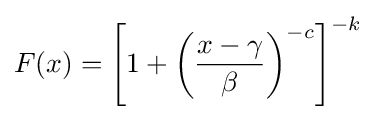
F(x)=\left[1+\left({\frac {x-\gamma }{\beta }}\right)^{-c}\right]^{-k}